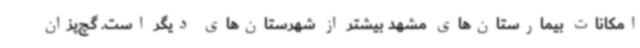
امکانات بیمارستان‌های مشهد بیشتر از شهرستان‌های دیگر است. گچ‌پزان